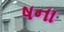
ષના